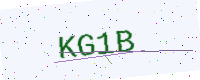
Text: KG1B